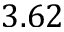
3 . 6 2